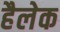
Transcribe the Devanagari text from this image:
हैलेक